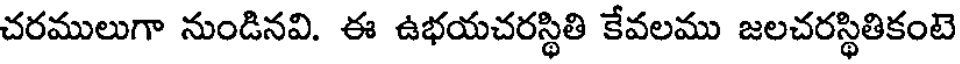
చరములుగా నుండినవి. ఈ ఉభయచరస్థితి కేవలము జలచరస్థితికంటె